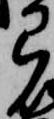
弓